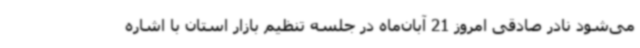
می‌شود نادر صادقی امروز 21 آبان‌ماه در جلسه تنظیم بازار استان با اشاره